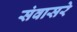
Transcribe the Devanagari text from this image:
संवासरे